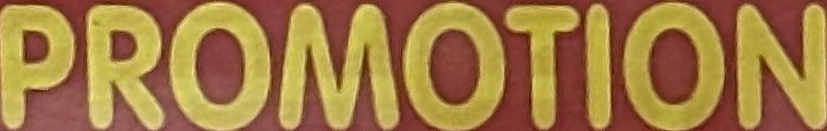
PROMOTION